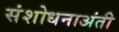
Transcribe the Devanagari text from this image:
संशोधनाअंती